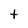
Character: t